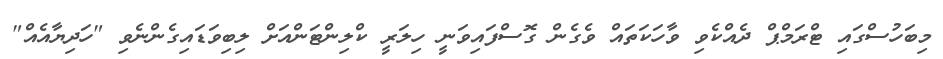
މިބަހުސްގައި ޓްރަމްޕް ދެއްކެވި ވާހަކަތައް ވެގެން ގޮސްފައިވަނީ ހިލަރީ ކްލިންޓަންއަށް ލިބިވަޑައިގެންނެވި "ހަދިޔާއެއް"